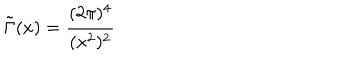
LaTeX: \tilde { \Gamma } ( x ) = \frac { ( 2 \pi ) ^ { 4 } } { ( x ^ { 2 } ) ^ { 2 } }